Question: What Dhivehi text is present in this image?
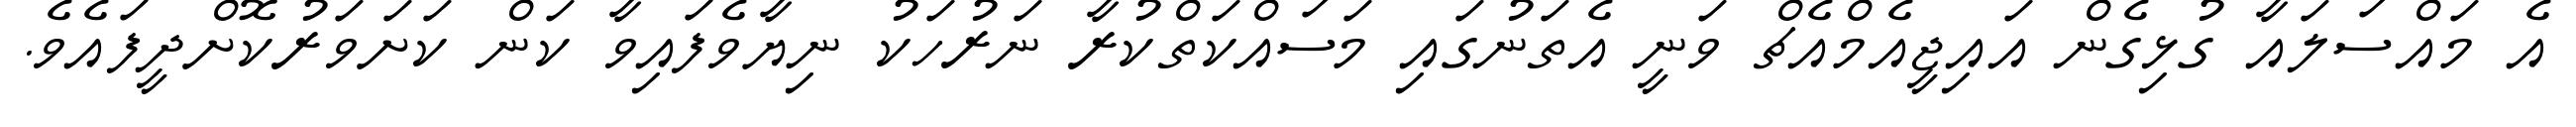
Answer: އެ މައްސަލައާ ގުޅިގެން އައިޖީއެމްއެޗް ވަނީ އެތަނުގައި މަސައްކަތްކުރާ ނަރުހަކު ނިޔާވެފައިވާ ކަން ކަށަވަރުކޮށްދީފައެވެ.